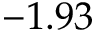
- 1 . 9 3